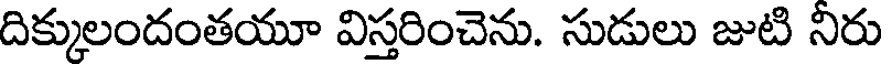
దిక్కులందంతయూ విస్తరించెను. సుడులు జుటి నిరు